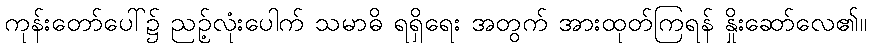
ကုန်းတော်ပေါ်၌ ညဉ့်လုံးပေါက် သမာဓိ ရရှိရေး အတွက် အားထုတ်ကြရန် နှိုးဆော်လေ၏။